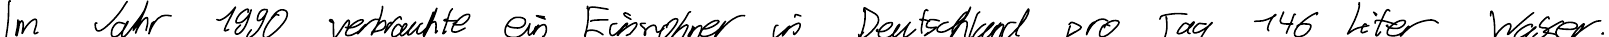
Im Jahr 1990 verbrauchte ein Einwohner in Deutschland pro Tag 146 Liter Wasser.